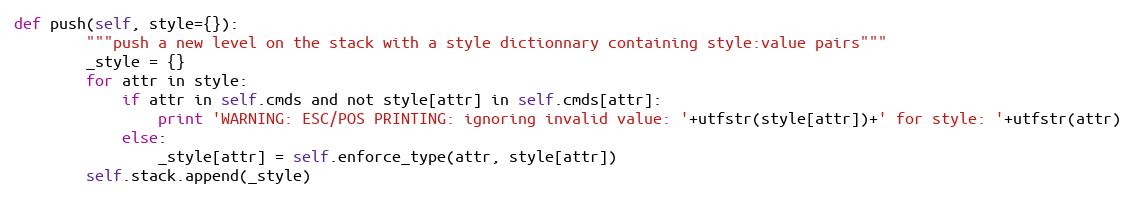
Language: Python
def push(self, style={}):
        """push a new level on the stack with a style dictionnary containing style:value pairs"""
        _style = {}
        for attr in style:
            if attr in self.cmds and not style[attr] in self.cmds[attr]:
                print 'WARNING: ESC/POS PRINTING: ignoring invalid value: '+utfstr(style[attr])+' for style: '+utfstr(attr)
            else:
                _style[attr] = self.enforce_type(attr, style[attr])
        self.stack.append(_style)